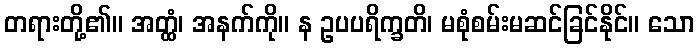
တရားတို့၏။ အတ္ထံ၊ အနက်ကို။ န ဥပပရိက္ခတိ၊ မစုံစမ်းမဆင်ခြင်နိုင်။ သော